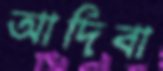
আদিবা